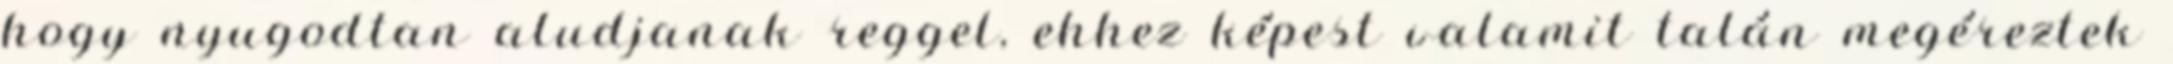
hogy nyugodtan aludjanak reggel, ehhez képest valamit talán megéreztek